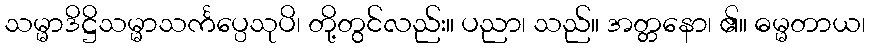
သမ္မာဒိဋ္ဌိသမ္မာသင်္ကပ္ပေသုပိ၊ တို့တွင်လည်း။ ပညာ၊ သည်။ အတ္တနော၊ ၏။ ဓမ္မတာယ၊